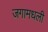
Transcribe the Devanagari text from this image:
जगामधली